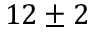
1 2 \pm 2